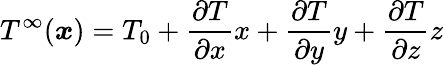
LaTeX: T^{\infty}(\boldsymbol{x})=T_{0}+\frac{\partial T}{\partial x}x+\frac{\partial T}{\partial y}y+\frac{\partial T}{\partial z}z